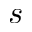
\boldsymbol { s }